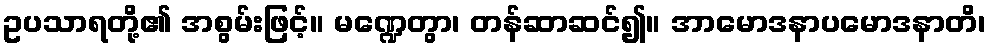
ဥပသာရတို့၏ အစွမ်းဖြင့်။ မဏ္ဍေတွာ၊ တန်ဆာဆင်၍။ အာမောဒနာပမောဒနာတိ၊